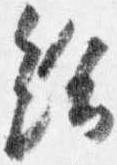
給